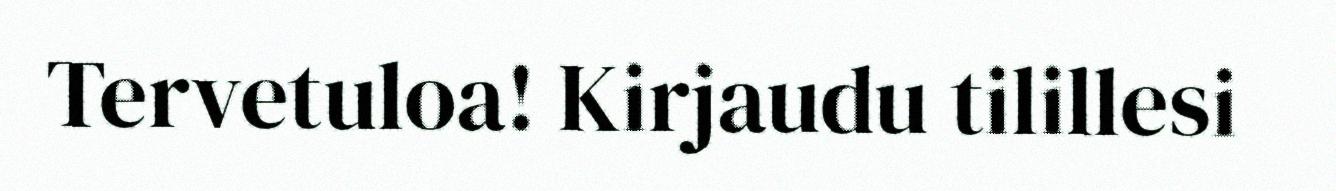
Tervetuloa! Kirjaudu tilillesi